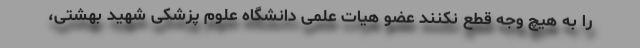
را به هیچ وجه قطع نکنند عضو هیات علمی دانشگاه علوم پزشکی شهید بهشتی،